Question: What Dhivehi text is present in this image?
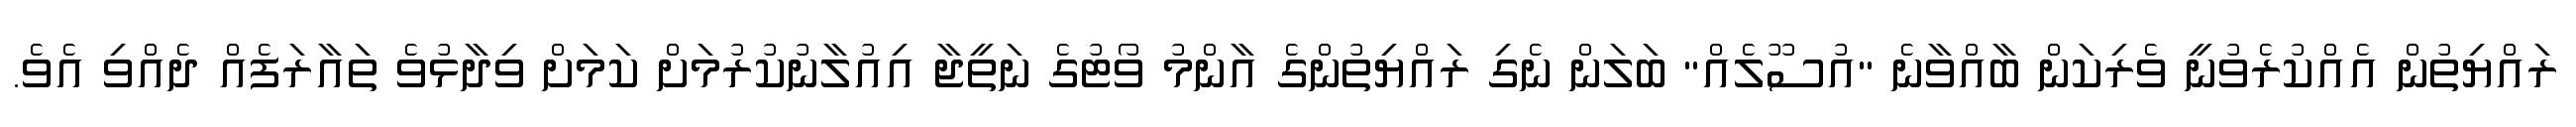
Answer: ރައްޔިތުން އެއްކުރެވުނީ ވެރިކަން ބާއްވާނެ "އުސޫލެއް" ބަލަން ނެގި ރައްޔިތުންގެ އާންމު ވޯޓުގެ ނަތީޖާ އިއުލާނުކުރުމަށް ކަމަށް ވިދާޅުވެ ތައާރަފެއް ދެއްވި އެވެ.